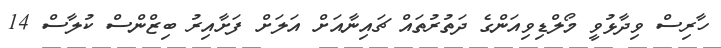
ހާރިސް ވިދާޅުވީ މޯލްޑިވިއަންގެ ދަތުރުތައް ޗައިނާއަށް އަލަށް ފަށާއިރު ބިޒްންސް ކުލާސް 14